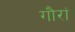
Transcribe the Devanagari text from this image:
गौरां